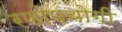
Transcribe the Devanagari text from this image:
रणोपयोगी